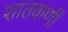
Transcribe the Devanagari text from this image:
शातकणीं